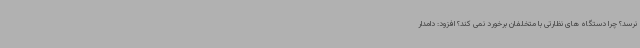
نرسد؟ چرا دستگاه های نظارتی با متخلفان برخورد نمی کند؟ افزود: دامدار